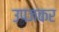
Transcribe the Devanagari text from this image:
उपजकर